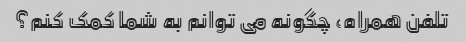
تلفن همراه، چگونه می توانم به شما کمک کنم؟